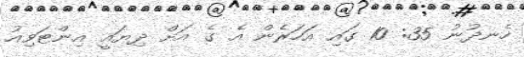
ހެނދުނު 35: 10 ގައި އަހަރެން އެ ގެ އަށް ދިޔައީ އިންޓަވިއު